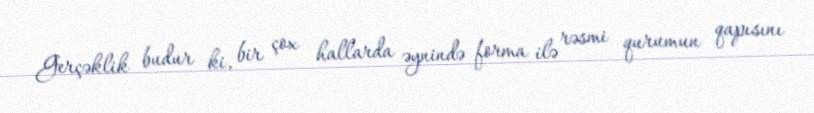
Gerçəklik budur ki, bir çox hallarda əynində forma ilə rəsmi qurumun qapısını